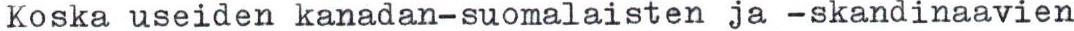
Koska useiden kanadan-suomalaisten ja -skandinaavien